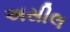
અસીલ